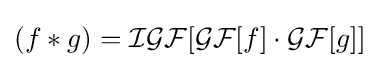
(f*g)={\mathcal {I}}{\mathcal {G}}{\mathcal {F}}[{\mathcal {G}}{\mathcal {F}}[f]\cdot {\mathcal {G}}{\mathcal {F}}[g]]